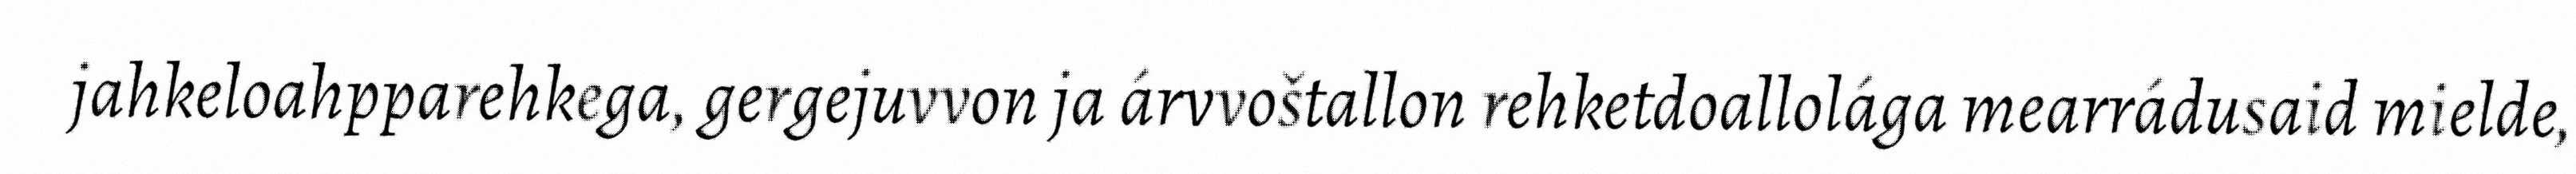
jahkeloahpparehkega, gergejuvvon ja árvvoštallon rehketdoallolága mearrádusaid mielde,